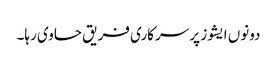
دونوں ایشوز پر سرکاری فریق حاوی رہا۔